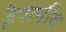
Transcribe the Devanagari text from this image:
श्लेषाभीय